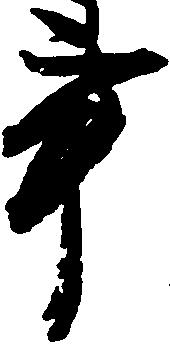
事